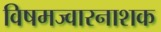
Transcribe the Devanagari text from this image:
विषमज्वारनाशक